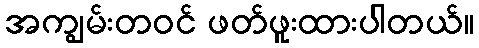
အကျွမ်းတဝင် ဖတ်ဖူးထားပါတယ်။